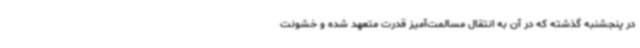
در پنجشنبه گذشته که در آن به انتقال مسالمت‌آمیز قدرت متعهد شده و خشونت